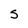
Character: S